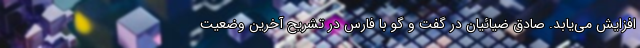
افزایش می‌یابد. صادق ضیائیان در گفت و گو با فارس در تشریح آخرین وضعیت